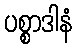
ပစ္စာဒါနံ